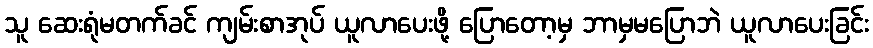
သူ ဆေးရုံမတက်ခင် ကျမ်းစာအုပ် ယူလာပေးဖို့ ပြောတော့မှ ဘာမှမပြောဘဲ ယူလာပေးခြင်း